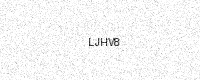
Text: LJHV8